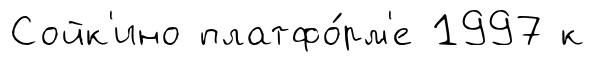
Сойк'ино платфо́рм'е 1997 к